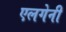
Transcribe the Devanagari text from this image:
एलगेनी